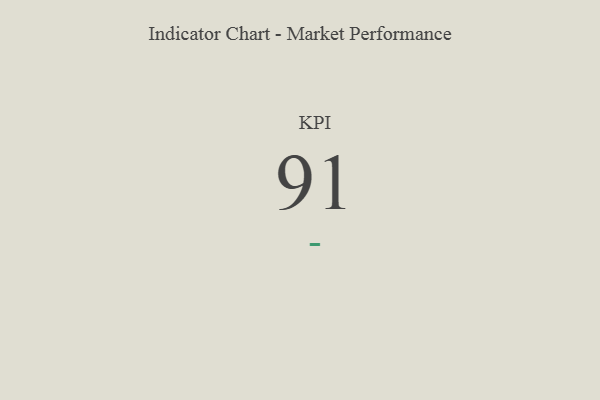
{"axis": {"x": "KPI", "y": "Value"}, "legend": [""], "data": [{"x": "KPI", "y": 91, "type": ""}]}